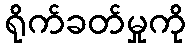
ရိုက်ခတ်မှုကို